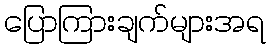
ပြောကြားချက်များအရ